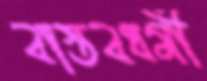
বাস্তবধর্মী